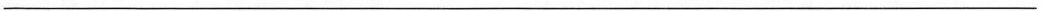
___